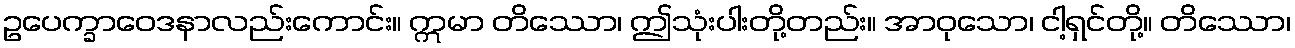
ဥပေက္ခာဝေဒနာလည်းကောင်း။ ဣမာ တိဿော၊ ဤသုံးပါးတို့တည်း။ အာဝုသော၊ ငါ့ရှင်တို့။ တိဿော၊